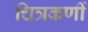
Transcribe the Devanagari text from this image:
चित्रकर्णी